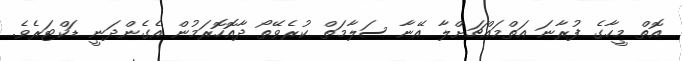
އޮތް މީހާގެ ފުރާނަ އަތްމައްޗަށްލާ އޭނާ ސަލާމަތް ކުރެވޭތޯ ދާއޮހޮރަމުން އެގެންދަނީ ޑަކްޓަރެވެ.